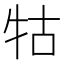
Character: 牯